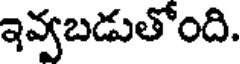
ఇవ్వబడుతోంది.